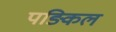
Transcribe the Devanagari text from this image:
पङिकल